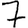
Digit: 7